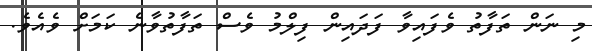
މި ނަން ތަފާތު ވެފައިވާ ފަދައިން ފިލްމު ވެސް ތަފާތުވާނެ ކަމަށް ވެއެވެ.